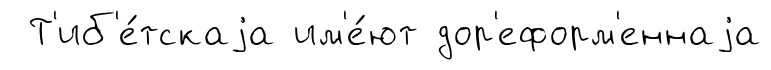
Т'иб'е́тскаjа им'е́ют дор'еформ'еннаjа